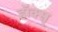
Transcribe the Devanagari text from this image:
हॉक्स्